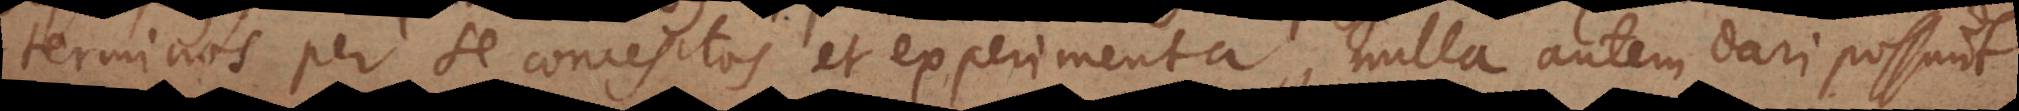
terminos per se conceptos et experimenta, nulla autem dari possunt